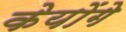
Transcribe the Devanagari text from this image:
केयोंगे